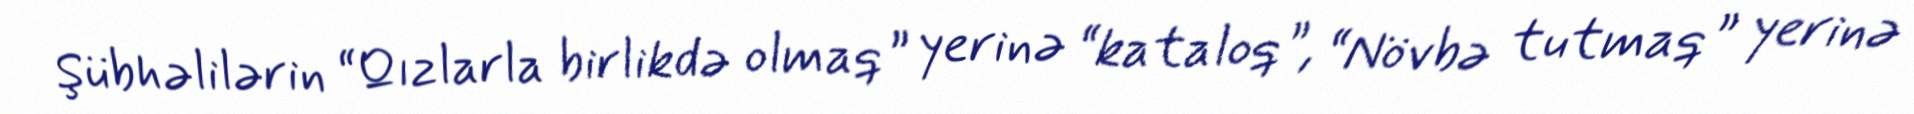
Şübhəlilərin “Qızlarla birlikdə olmaq” yerinə “kataloq”, “Növbə tutmaq” yerinə